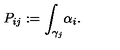
{ P _ { i j } } : = { \int _ { \gamma _ { j } } } { \alpha _ { i } } .